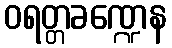
ဝရတ္တခဏ္ဍေန